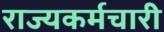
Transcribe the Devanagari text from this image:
राज्यकर्मचारी